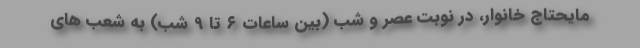
مایحتاج خانوار، در نوبت عصر و شب (بین ساعات ۶ تا 9 شب) به شعب های